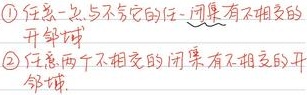
\textcircled{1} 任意一点，与不含它的任一闭集有不相交的
开邻域
\textcircled{2} 任意两个不相交的闭集，有不相交的开
邻域